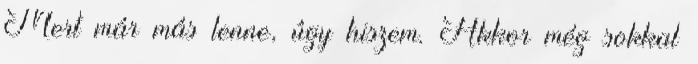
Mert már más lenne, úgy hiszem. Akkor még sokkal